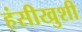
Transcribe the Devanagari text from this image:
हंसीखुशी